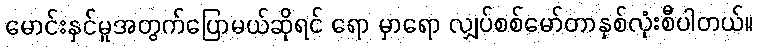
မောင်းနှင်မှုအတွက်ပြောမယ်ဆိုရင် ရော မှာရော လျှပ်စစ်မော်တာနှစ်လုံးစီပါတယ်။